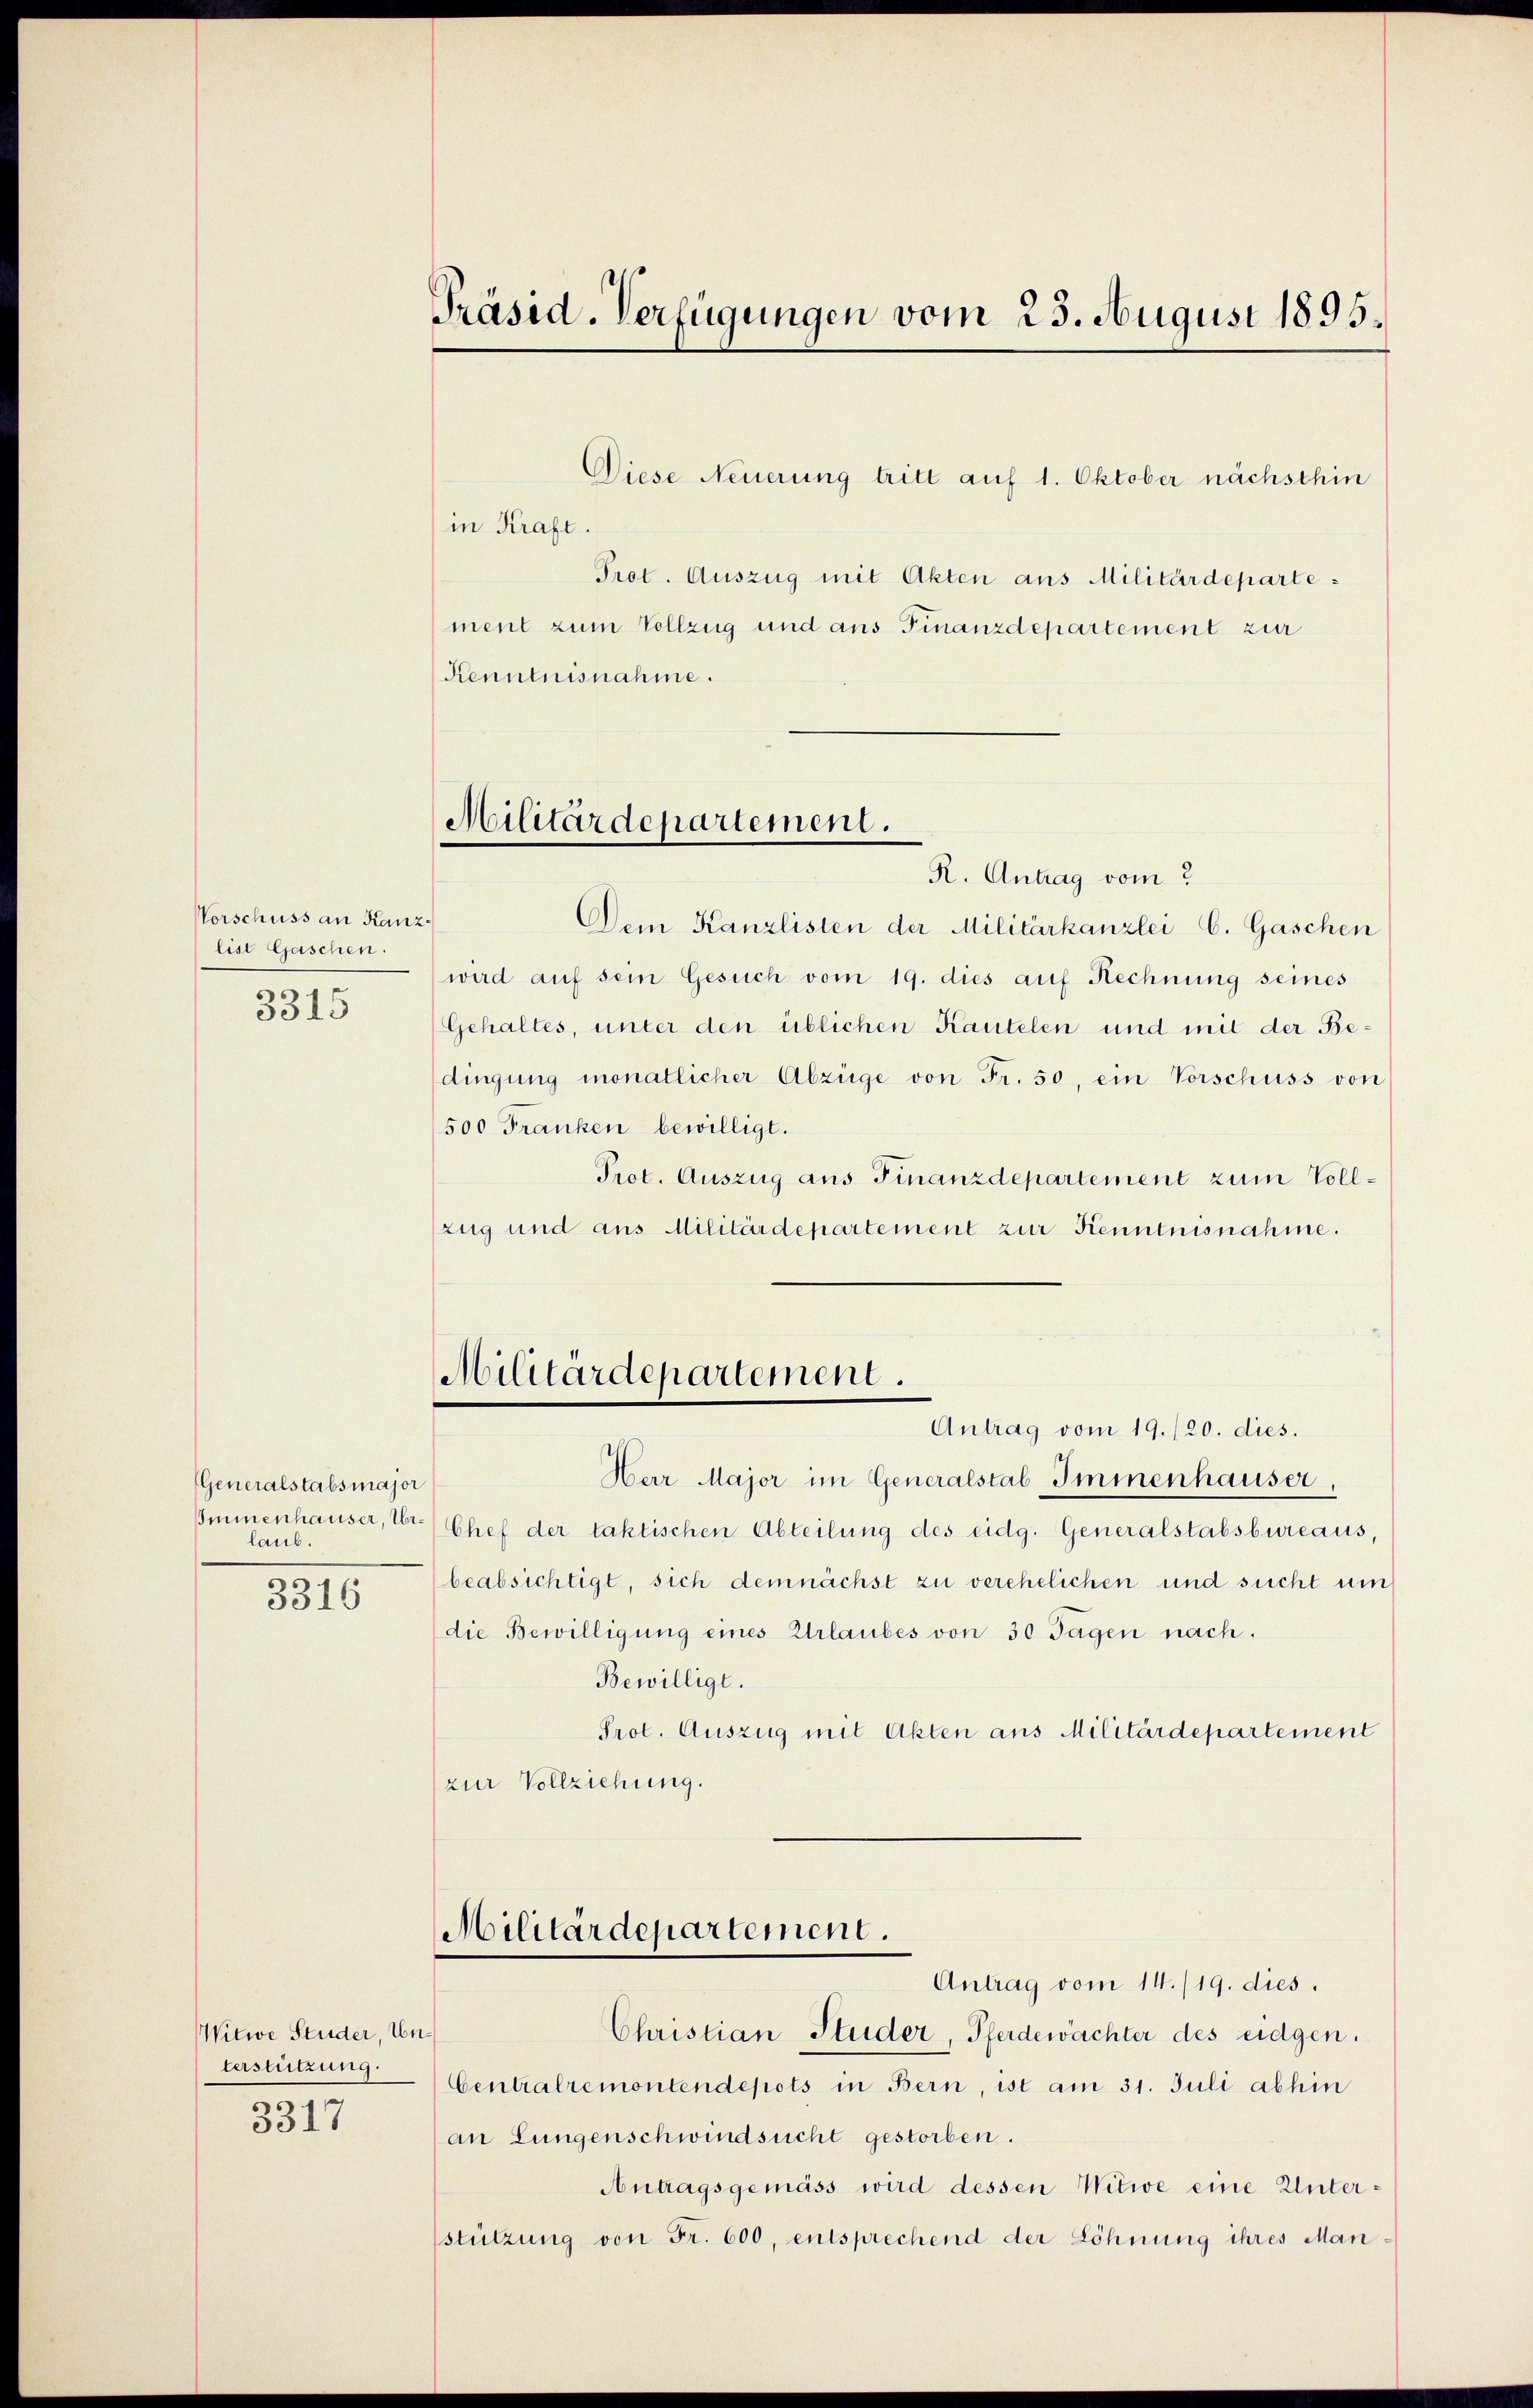
Vorschuss an Kanzlist Gaschen.
3315

Generalstabsmajor
Immnenhauser, Urlaub.

3316

Witwe Studer, Unterstützung.
¬
5317

Präsid. Verfügungen vom 23. August 1895.

Diese Neuerung tritt auf 1. Oktober nächsthin
in Kraft.
Prot. Auszug mit Akten aus Militärdepartement zum Vollzug und ans Finanzdepartement zur
Kenntnisnahme.

Militärdepartement.

R. Antrag vom
Dem Kanzlisten der Militärkanzlei C. Gaschen
wird auf sein Gesuch vom 19. dies auf Rechnung seines
Gehaltes, unter den üblichen Kautelen und mit der Bedingung monatlicher Abzüge von Fr. 50, ein Vorschuss von
500 Franken bewilligt.
Prot. Auszug aus Finanzdepartement zum Vollzug und aus Militärdepartement zur Kenntnisnahme.
Militärdepartement.
Antrag vom 19./20. dies.
Herr Major im Generalstab Immenhauser,
Chef der taktischen Abteilung des eidg. Generalstabsbureaus,
beabsichtigt, sich demnächst zu verehelichen und sucht um
die Bewilligung eines Urlaubes von 30 Tagen nach.
Bewilligt.
Prot. Auszug mit Akten aus Militärdepartement
zur Vollziehung.

Militärdepartement.
Antrag vom 14./19. dies.
Christian Studer, Pferdewächter des eidgen.

Centralremontendepots in Bern, ist am 31. Juli abhin
an Lungenschwindsucht gestorben.
Antragsgemäss wird dessen Witwe eine Unterstützung von Fr. 600, entsprechend der Löhnung ihres Man¬